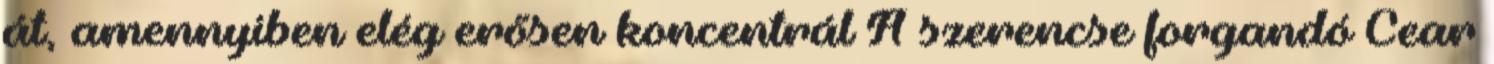
át, amennyiben elég erősen koncentrál A szerencse forgandó Cear